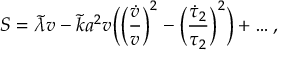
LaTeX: S = \tilde { \lambda } v - \tilde { k } a ^ { 2 } v \Bigl ( \Bigl ( \frac { \dot { v } } { v } \Bigr ) ^ { 2 } - \Bigl ( \frac { \dot { \tau } _ { 2 } } { \tau _ { 2 } } \Bigr ) ^ { 2 } \Bigr ) + \dots ,